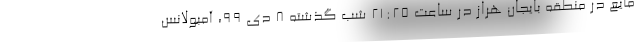
مایع در منطقه بایجان هراز در ساعت ۲۱:۲۵ شب گذشته ۸ دی ۹۹، آمبولانس